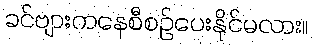
ခင်ဗျားကနေစီစဉ်ပေးနိုင်မလား။